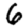
Digit: 6